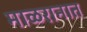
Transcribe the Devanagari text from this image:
माळरानात